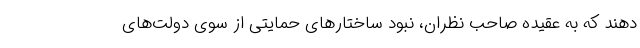
دهند که به عقیده صاحب نظران، نبود ساختارهای حمایتی از سوی دولت‌های